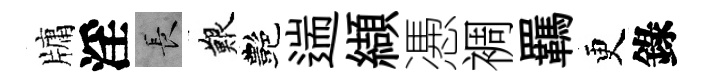
牗淫长艱艷遄纈慿裯羈更錄